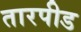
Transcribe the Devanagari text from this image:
तारपीड